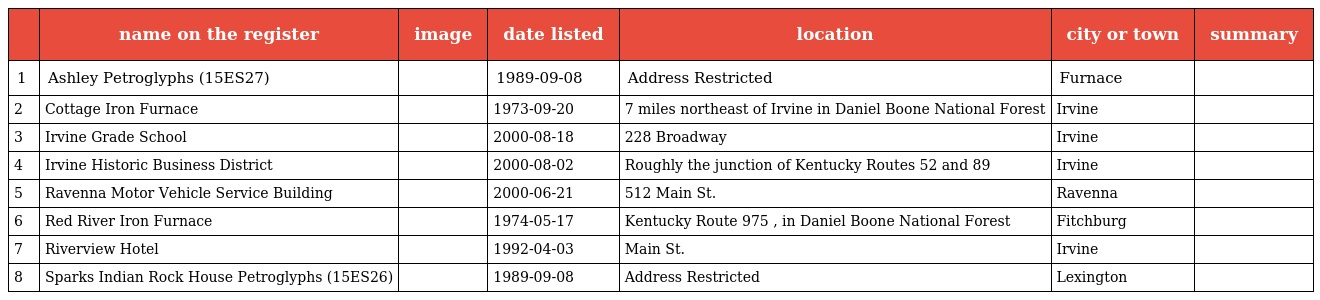
|  | name on the register | image | date listed | location | city or town | summary |
 | --- | --- | --- | --- | --- | --- | --- |
 | 1 | Ashley Petroglyphs (15ES27) |  | 1989-09-08 | Address Restricted | Furnace |  |
 | 2 | Cottage Iron Furnace |  | 1973-09-20 | 7 miles northeast of Irvine in Daniel Boone National Forest | Irvine |  |
 | 3 | Irvine Grade School |  | 2000-08-18 | 228 Broadway | Irvine |  |
 | 4 | Irvine Historic Business District |  | 2000-08-02 | Roughly the junction of Kentucky Routes 52 and 89 | Irvine |  |
 | 5 | Ravenna Motor Vehicle Service Building |  | 2000-06-21 | 512 Main St. | Ravenna |  |
 | 6 | Red River Iron Furnace |  | 1974-05-17 | Kentucky Route 975 , in Daniel Boone National Forest | Fitchburg |  |
 | 7 | Riverview Hotel |  | 1992-04-03 | Main St. | Irvine |  |
 | 8 | Sparks Indian Rock House Petroglyphs (15ES26) |  | 1989-09-08 | Address Restricted | Lexington |  |